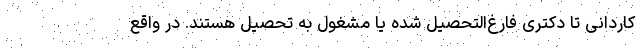
کاردانی تا دکتری فارغ‌التحصیل شده یا مشغول به تحصیل هستند. در واقع